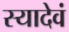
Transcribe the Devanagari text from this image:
स्यादेवं